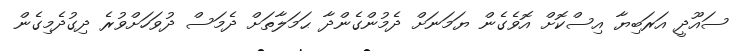
ސައޫދީ އަރަބިޔާ އިސްކޮށް އޮވެގެން ޔަމަނަށް ދެމުންގެންދާ ޙަމަލާތަށް ދެމަސް ދުވަހަށްވުރެ ދިގުދެމިގެން